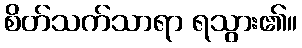
စိတ်သက်သာရာ ရသွား၏။